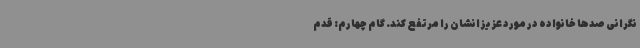
نگرانی صدها خانواده در مورد عزیزانشان را مرتفع کند. گام چهارم: قدم